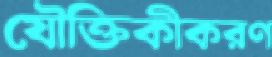
যৌক্তিকীকরণ